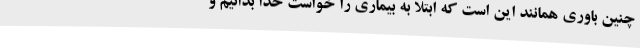
چنین باوری همانند این است که ابتلا به بیماری را خواست خدا بدانیم و